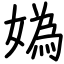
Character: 媯